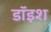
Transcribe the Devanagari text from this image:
डॉइश